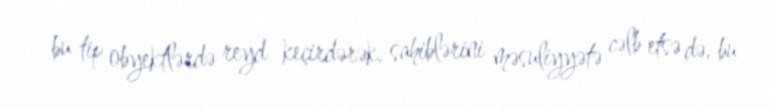
bu tip obyektlərdə reyd keçirdərək, sahiblərini məsuliyyətə cəlb etsə də, bu